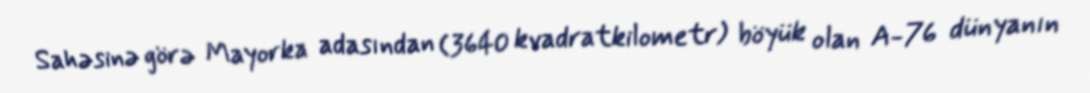
Sahəsinə görə Mayorka adasından (3640 kvadratkilometr) böyük olan A-76 dünyanın